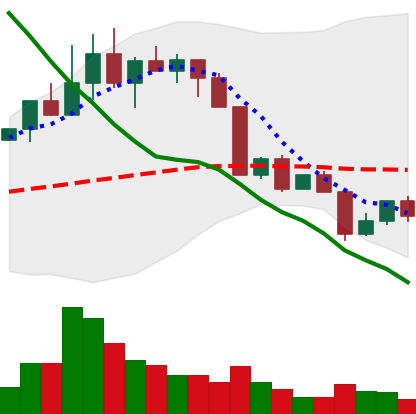
Ticker: NEO-USD
Chart end date: 2022-04-14
Forward return: 7.348%
Label: up_7plus